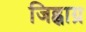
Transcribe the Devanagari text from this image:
जिह्वाग्र